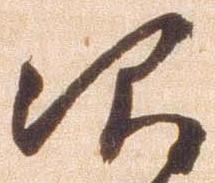
次